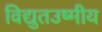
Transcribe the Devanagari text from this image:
विद्युतउष्मीय